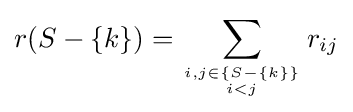
r(S-\{k\})=\sum _{i,j\in \{S-\{k\}\} \atop i<j}r_{ij}